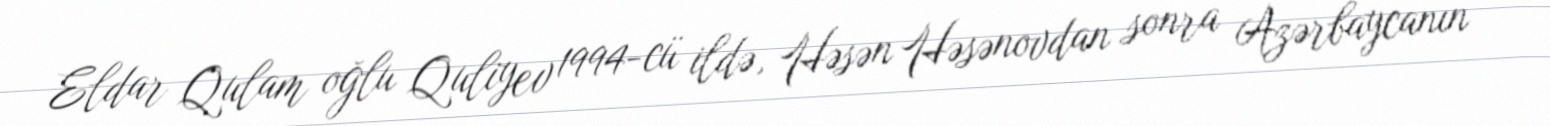
Eldar Qulam oğlu Quliyev 1994-cü ildə, Həsən Həsənovdan sonra Azərbaycanın